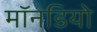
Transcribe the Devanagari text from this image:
मॉनडियो